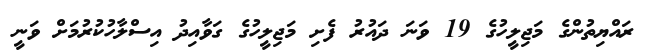
ރައްޔިތުންގެ މަޖިލީހުގެ 19 ވަނަ ދައުރު ފެށި މަޖިލީހުގެ ގަވާއިދު އިސްލާހުކުރުމަށް ވަނީ